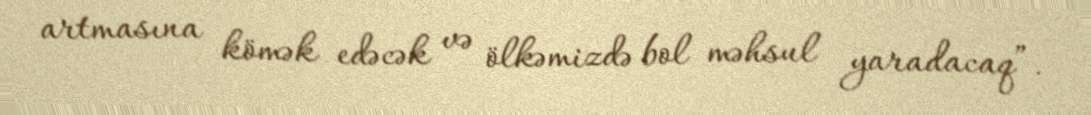
artmasına kömək edəcək və ölkəmizdə bol məhsul yaradacaq”.